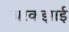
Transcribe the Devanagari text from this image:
बरकझाई